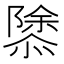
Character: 𢡣